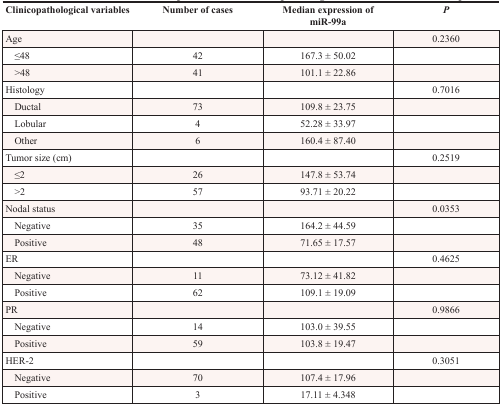
<table><thead><tr><td><b>Clinicopathological variables</b></td><td><b>Number of cases</b></td><td><b>Median expression of miR-99a</b></td><td><b><i>P</i></b></td></tr></thead><tbody><tr><td>Age</td><td></td><td></td><td>0.2360</td></tr><tr><td> ≤48</td><td>42</td><td>167.3 ± 50.02</td><td></td></tr><tr><td> &gt;48</td><td>41</td><td>101.1 ± 22.86</td><td></td></tr><tr><td>Histology</td><td></td><td></td><td>0.7016</td></tr><tr><td> Ductal</td><td>73</td><td>109.8 ± 23.75</td><td></td></tr><tr><td> Lobular</td><td>4</td><td>52.28 ± 33.97</td><td></td></tr><tr><td> Other</td><td>6</td><td>160.4 ± 87.40</td><td></td></tr><tr><td>Tumor size (cm)</td><td></td><td></td><td>0.2519</td></tr><tr><td> ≤2</td><td>26</td><td>147.8 ± 53.74</td><td></td></tr><tr><td> &gt;2</td><td>57</td><td>93.71 ± 20.22</td><td></td></tr><tr><td>Nodal status</td><td></td><td></td><td>0.0353</td></tr><tr><td> Negative</td><td>35</td><td>164.2 ± 44.59</td><td></td></tr><tr><td> Positive</td><td>48</td><td>71.65 ± 17.57</td><td></td></tr><tr><td>ER</td><td></td><td></td><td>0.4625</td></tr><tr><td> Negative</td><td>11</td><td>73.12 ± 41.82</td><td></td></tr><tr><td> Positive</td><td>62</td><td>109.1 ± 19.09</td><td></td></tr><tr><td>PR</td><td></td><td></td><td>0.9866</td></tr><tr><td> Negative</td><td>14</td><td>103.0 ± 39.55</td><td></td></tr><tr><td> Positive</td><td>59</td><td>103.8 ± 19.47</td><td></td></tr><tr><td>HER-2</td><td></td><td></td><td>0.3051</td></tr><tr><td> Negative</td><td>70</td><td>107.4 ± 17.96</td><td></td></tr><tr><td> Positive</td><td>3</td><td>17.11 ± 4.348</td><td></td></tr></tbody></table>